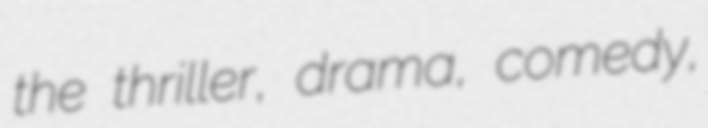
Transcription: the thriller, drama, comedy,